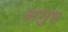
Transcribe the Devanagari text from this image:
अगुष्ठ